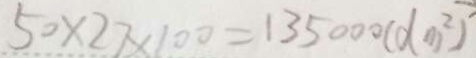
5 0 \times 2 7 \times 1 0 0 = 1 3 5 0 0 0 ( d m ^ { 2 } )